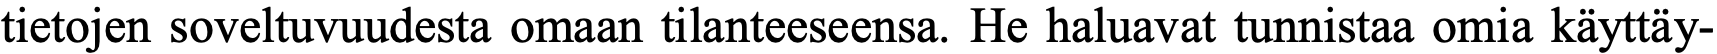
tietojen soveltuvuudesta omaan tilanteeseensa. He haluavat tunnistaa omia käyttäy-